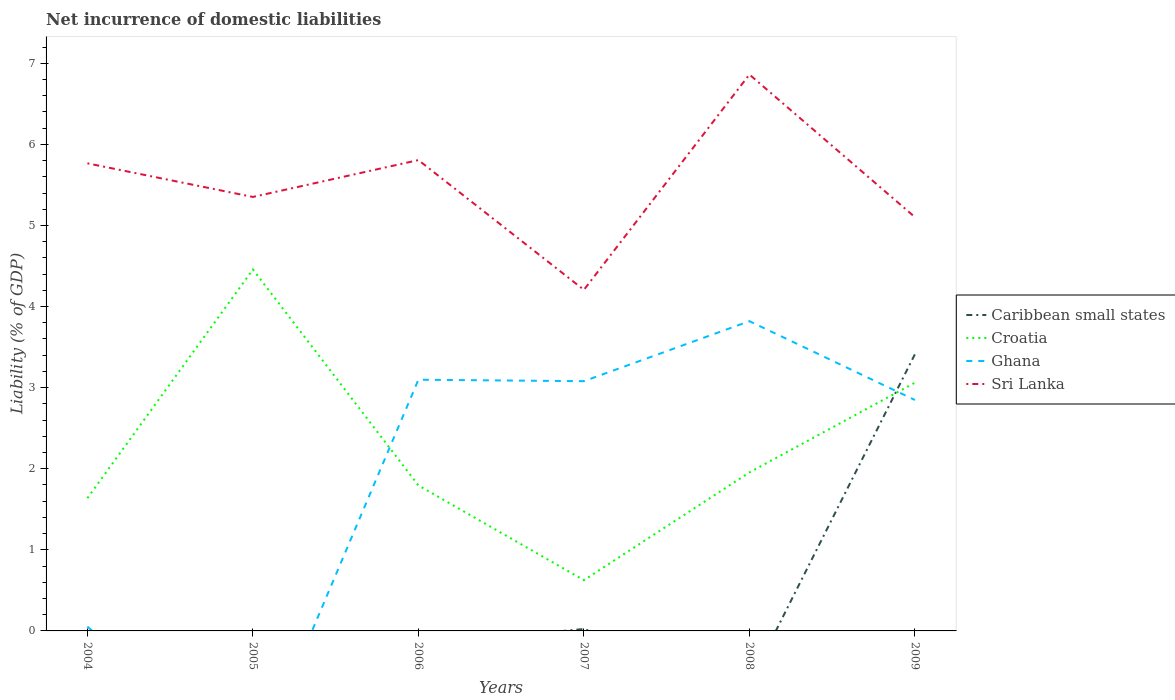
| Years | Caribbean small states | Croatia | Ghana | Sri Lanka |
 | --- | --- | --- | --- | --- |
 | 2004 | -2.5 | 1.64 | 0.0529 | 5.77 |
 | 2005 | -1.73 | 4.46 | -1.72 | 5.35 |
 | 2006 | -0.164 | 1.79 | 3.1 | 5.81 |
 | 2007 | 0.0235 | 0.626 | 3.08 | 4.21 |
 | 2008 | -0.647 | 1.95 | 3.82 | 6.86 |
 | 2009 | 3.41 | 3.06 | 2.85 | 5.1 |